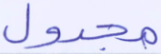
مجدول